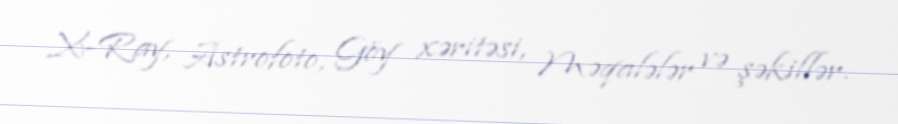
X-Ray, Astrofoto, Göy xəritəsi, Məqalələr və şəkillər.